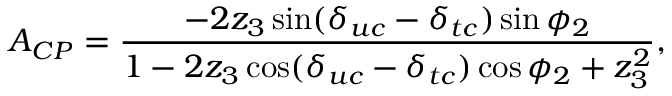
A _ { C P } = \frac { - 2 z _ { 3 } \sin ( \delta _ { u c } - \delta _ { t c } ) \sin \phi _ { 2 } } { 1 - 2 z _ { 3 } \cos ( \delta _ { u c } - \delta _ { t c } ) \cos \phi _ { 2 } + z _ { 3 } ^ { 2 } } ,